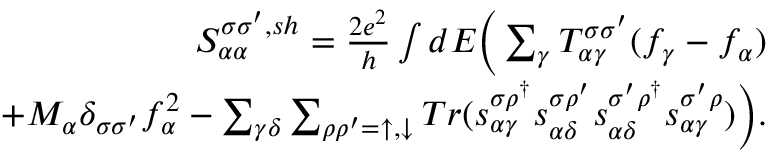
\begin{array} { r } { { S _ { \alpha \alpha } ^ { \sigma \sigma ^ { \prime } , s h } } = \frac { 2 e ^ { 2 } } { h } \int d E \bigg ( \sum _ { \gamma } T _ { \alpha \gamma } ^ { \sigma \sigma ^ { \prime } } ( f _ { \gamma } - f _ { \alpha } ) } \\ { + M _ { \alpha } \delta _ { \sigma \sigma ^ { \prime } } f _ { \alpha } ^ { 2 } - \sum _ { \gamma \delta } \sum _ { \rho \rho ^ { \prime } = \uparrow , \downarrow } T r ( s _ { \alpha \gamma } ^ { \sigma \rho ^ { \dagger } } s _ { \alpha \delta } ^ { \sigma \rho ^ { \prime } } s _ { \alpha \delta } ^ { \sigma ^ { \prime } \rho ^ { \dagger } } s _ { \alpha \gamma } ^ { \sigma ^ { \prime } \rho } ) \bigg ) . } \end{array}